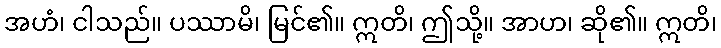
အဟံ၊ ငါသည်။ ပဿာမိ၊ မြင်၏။ ဣတိ၊ ဤသို့။ အာဟ၊ ဆို၏။ ဣတိ၊